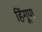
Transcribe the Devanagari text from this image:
हिंगूण